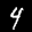
Label: 4